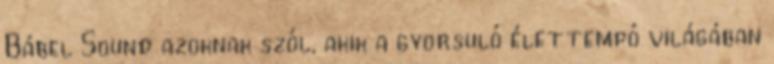
Bábel Sound azoknak szól, akik a gyorsuló élettempó világában